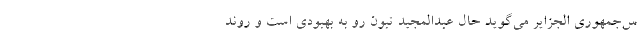
س‌جمهوری الجزایر می‌گوید حال عبدالمجید تبون رو به بهبودی است و روند